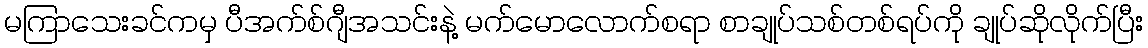
မကြာသေးခင်ကမှ ပီအက်စ်ဂျီအသင်းနဲ့ မက်မောလောက်စရာ စာချုပ်သစ်တစ်ရပ်ကို ချုပ်ဆိုလိုက်ပြီး